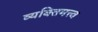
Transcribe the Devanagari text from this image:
व्यक्‍तिमत्त्व